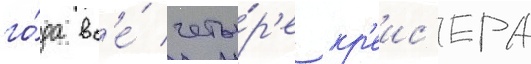
го́да вс'е́ четы́р'е кр'еис'ера